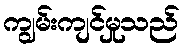
ကျွမ်းကျင်မှုသည်